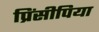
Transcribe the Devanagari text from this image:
प्रिंसीपिया